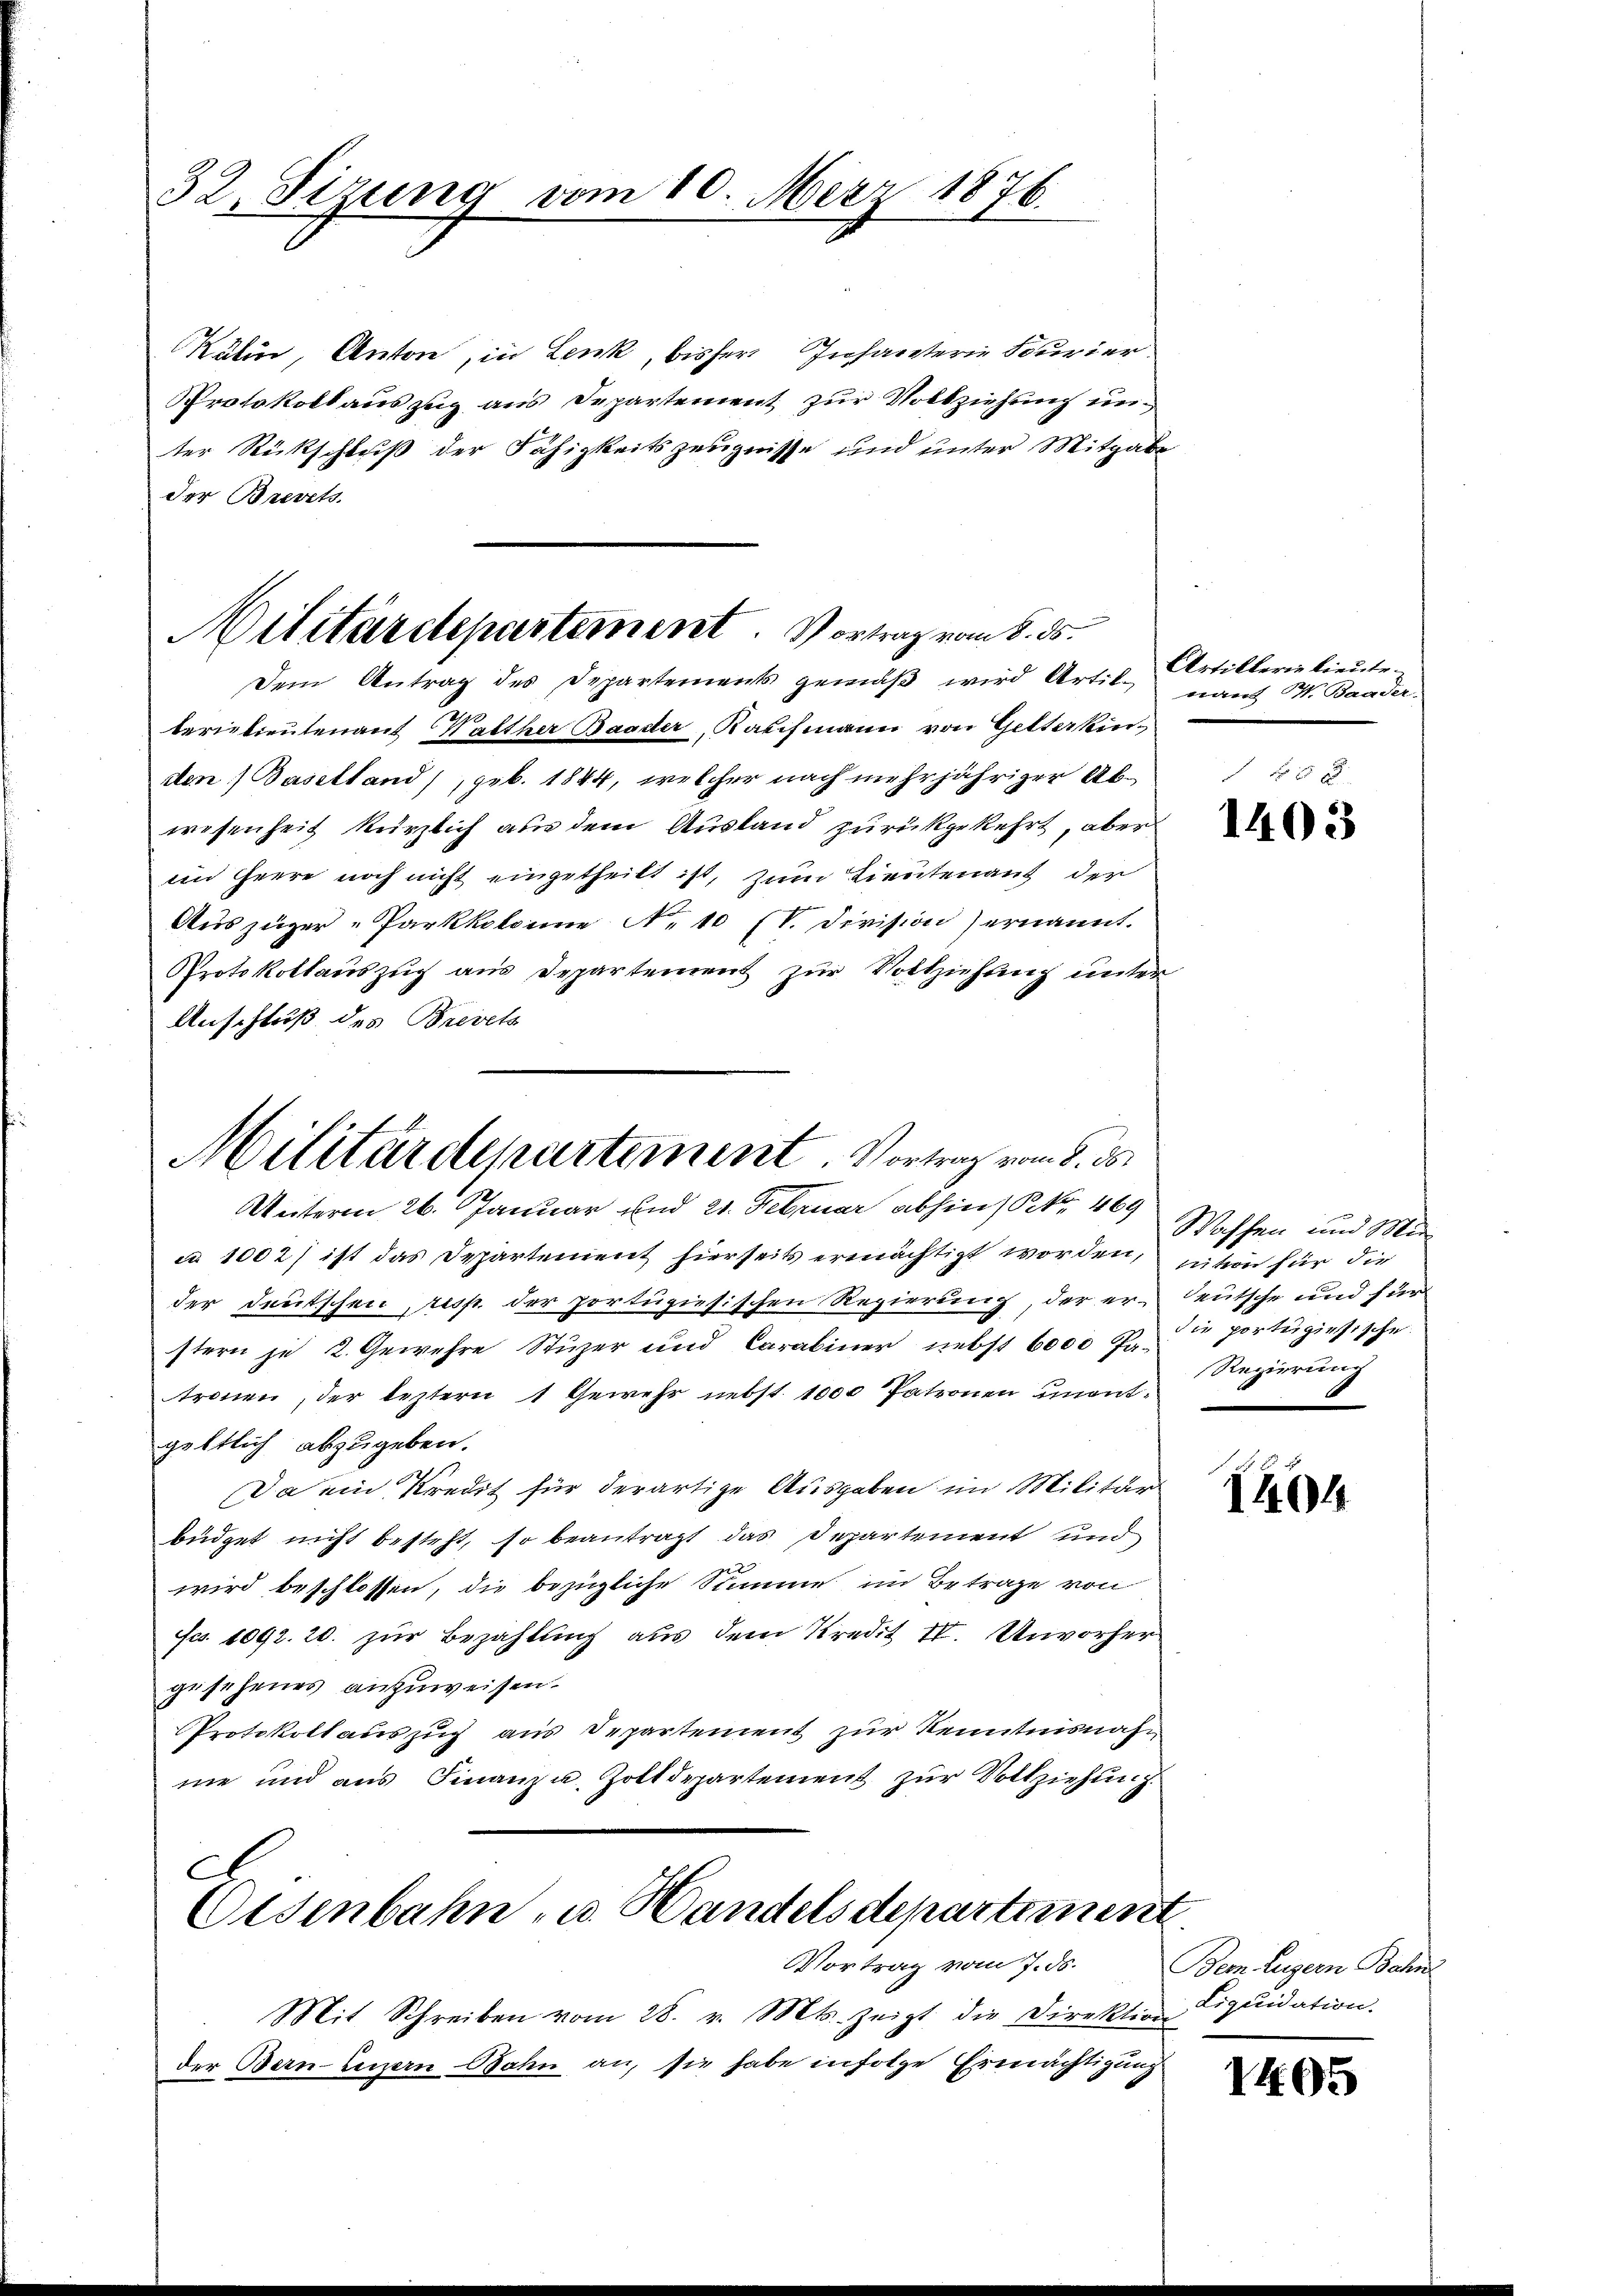
32. Sizung vom 10. März 1876.

Rubin, Anton, in Lenk, bisher Infanterie Kurier
Protokoll auszug aus Departement zur Vollziehung unter Rückschluß der Fähigkeitszeugnisse und unter Mitgabe
der Brevet.
u
berietientenauf Walther Baader, Kaufmann von Gitterken
den) Baselland), geb. 1844, welcher nach mehrjähriger Abwesenheit kürzlich aus dem Ausland zurükgekehrt, aber
em Heere noch nicht eingetheilt ist, zum Lieutenauf der
Auszüger-Parkkolonne No 10 (V. Division) ernannt.
Protokollauszug aus Departement zur Vollziehung unter
Anschluß des Brevets

Militärdepartement. Vortrag vom 8. ds.
Dem Antrag des Departements gemäß wird Artil¬

Militärdepartement. Vortrag vom 8. 35.
Unterm 26. Januar und 21. Februar abhin Nr. 469

ca 1002) ist das Departement hierseits ermächtigt worden, untern für die
der Deutschen, resp. der portugisischen Regierung, der er-Teutsche und für
stern je 2. Gewehre Stuzer und Carabiner nebst 6000 Fr. portugisische
tronen, der leztern 1 Gewehr nebst 1000 Patronen unentgeltlich abzugeben.
Da ein Kredit für derartige Ausgaben im Militär
büdget nicht besteht, so beantragt das Departement und
wird beschlossen, die bezügliche Stimme im Betrage von
Fr. 1092. 20. zur Bezahlung aus dem Kredit IV. Unvorher
gesehenes anzuweisen.
Protokollauszug aus Departement zur Kenntnisnah
me und aus Finanz u. Zolldepartement zur Vollziehung
c

Vortrag vom 7. ds.
Mit Schreiben vom 28. v. Mts. zeigt die Direktion Liquidation.
der Bern Luzern Bahn an, sie habe infolge Ermächtigung

Osenbahn- u. Handelsdepartement

Artillerin lieute
nant V. Baader-

x
1403

Waffen und Min
Regierung

1404

Bem Luzern Bahn

1405